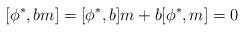
LaTeX: \begin{align*}[\phi^*,bm]=[\phi^*,b]m+b[\phi^*,m]=0\end{align*}